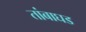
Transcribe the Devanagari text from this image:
तांबाघड